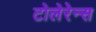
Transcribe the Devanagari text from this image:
टोलेरेन्स